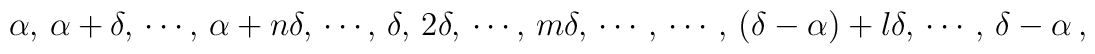
\alpha,\, \alpha+\delta,\, \cdots,\, \alpha+n\delta,\, \cdots,\,\delta,\, 2\delta,\, \cdots,\,m\delta,\, \cdots\,,\, \cdots\,,\, (\delta-\alpha)+l\delta,\, \cdots\,, \, \delta-\alpha\,,